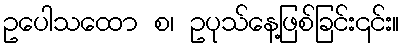
ဥပေါသထော စ၊ ဥပုသ်နေ့ဖြစ်ခြင်း၎င်း။